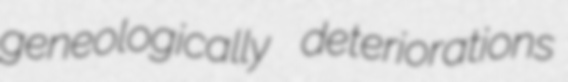
geneologically deteriorations